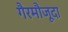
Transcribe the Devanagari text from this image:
गैरमौजूदा